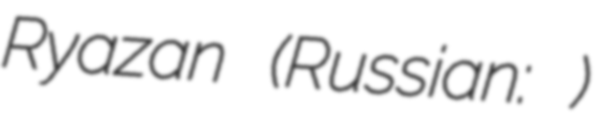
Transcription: Ryazan (Russian: Рязань)